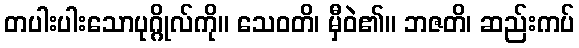
တပါးပါးသောပုဂ္ဂိုလ်ကို။ သေဝတိ၊ မှီဝဲ၏။ ဘဇတိ၊ ဆည်းကပ်